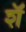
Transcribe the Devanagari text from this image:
शॅ